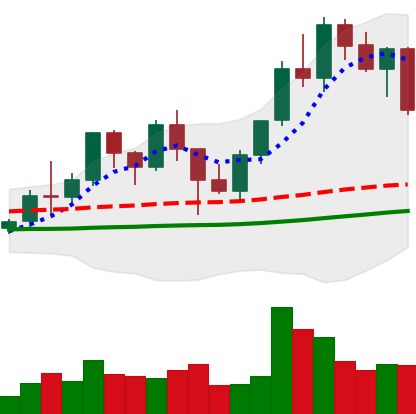
Ticker: LINK-USD
Chart end date: 2021-01-21
Forward return: 24.976%
Label: up_7plus